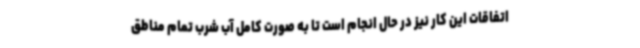
اتفاقات این کار نیز در حال انجام است تا به صورت کامل آب شرب تمام مناطق